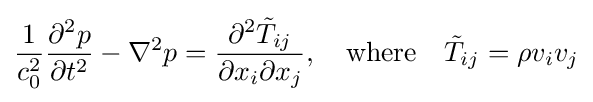
{\frac {1}{c_{0}^{2}}}{\frac {\partial ^{2}p}{\partial t^{2}}}-\nabla ^{2}p={\frac {\partial ^{2}{\tilde {T}}_{ij}}{\partial x_{i}\partial x_{j}}},\quad {\text{where}}\quad {\tilde {T}}_{ij}=\rho v_{i}v_{j}